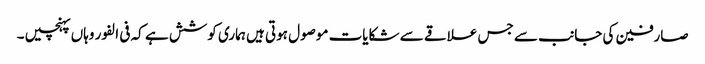
صارفین کی جانب سے جس علاقے سے شکایات موصول ہوتی ہیں ہماری کوشش ہے کہ فی الفور وہاں پہنچیں ۔